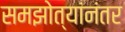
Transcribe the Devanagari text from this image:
समझोत्यांनंतर